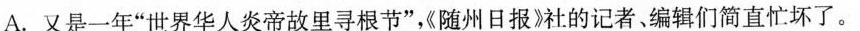
A.又是一年”世界华人炎帝故里寻根节”，《随州日报》社的记者、编辑们简直忙坏了。